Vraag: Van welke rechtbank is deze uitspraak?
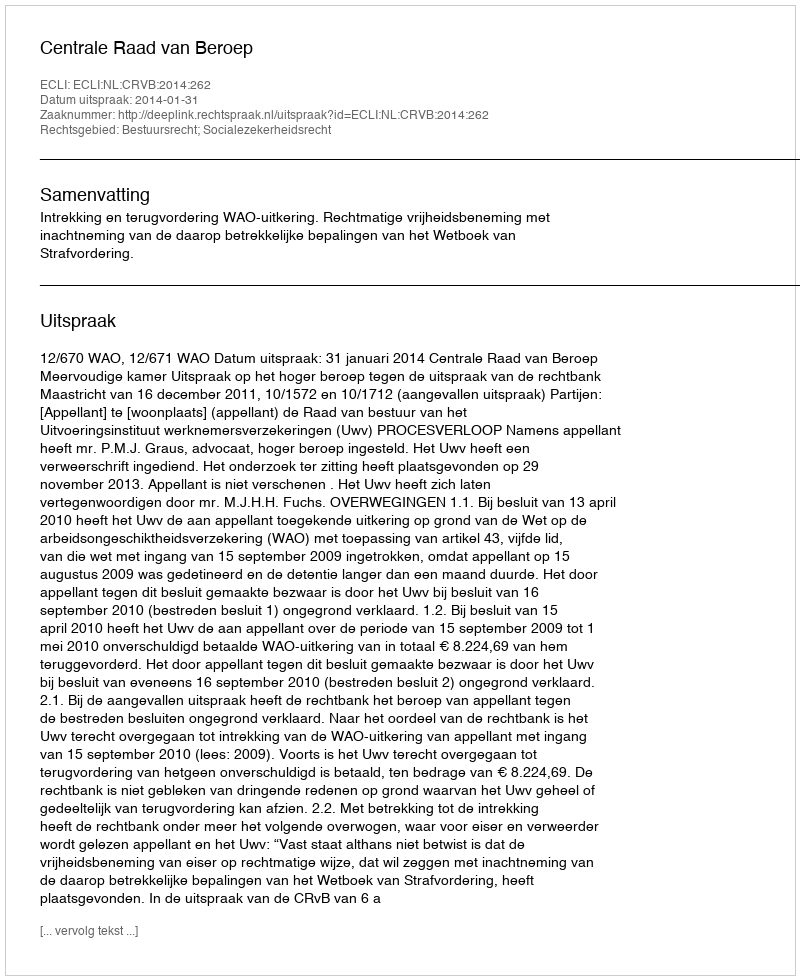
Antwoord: Centrale Raad van Beroep